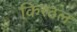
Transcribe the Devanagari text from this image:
किरठल